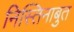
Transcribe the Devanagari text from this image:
निस्तिनाबुत